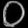
Digit: ၀